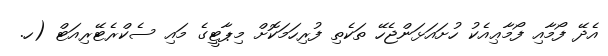
އެދޭ ފޯމާއި ފޯމާޢިއެކު ހުށައަޅަންޖެހޭ ތަކެތި ފުރިހަމަކޮށް މިޕާޓީގެ މައި ސެކްރެޓޭރިއަޓް (ހ.